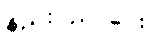
နည်းပညာပေး